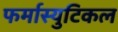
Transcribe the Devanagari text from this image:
फर्मास्युटिकल